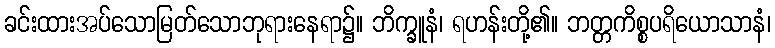
ခင်းထားအပ်သောမြတ်သောဘုရားနေရာ၌။ ဘိက္ခူနံ၊ ရဟန်းတို့၏။ ဘတ္တကိစ္စပရိယောသာနံ၊